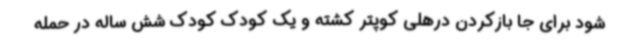
شود برای جا بازکردن درهلی کوپتر کشته و یک کودک کودک شش ساله در حمله